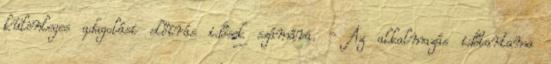
különleges adagolási előírás idősek számára. - Az alkalmazás időtartama